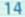
1434